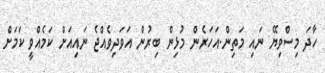
ހާދަ މިސްވިޔޭ ނައި މަތިން.އަހަރެން މުޅިން ބިރުން އަވަދިވެއްޖެ ނައިއަށް ކަމެއްވީ ކަމަށް